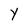
Character: Y